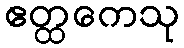
ဧတ္ထကေသု